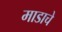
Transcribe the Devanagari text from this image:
माडाचे